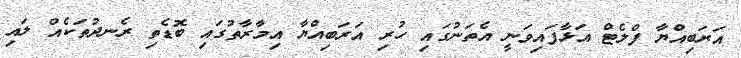
އަރަބިއްޔާ ފްލެޓް އަޅާފައިވަނީ އެތަނުގައި ހުރި އަރަބިއްޔާ އިމާރާތުގައި ބޮޑެތި ރެނދުތަކެއް ލައި